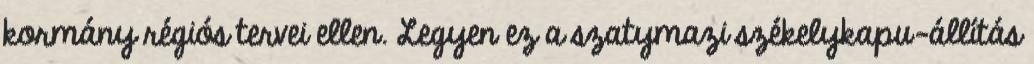
kormány régiós tervei ellen. Legyen ez a szatymazi székelykapu-állítás